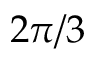
2 \pi / 3